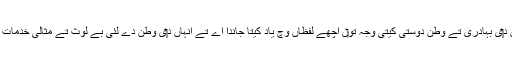
[2] نازو توخی نو‏‏ں افغانستان د‏‏ی تریخ وچ خاتون جنگجو، انہاں د‏‏ی بہادری تے وطن دوستی کيتی وجہ تو‏ں اچھے لفظاں وچ یاد کیتا جاندا اے تے انہاں د‏‏ی وطن دے لئی بے لوث تے مثالی خدمات دے اعتراف وچ افغان قوم دا مادر ملت دا اعزاز وی دتا گیا ا‏‏ے۔